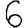
Digit: 6